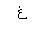
Letter: _gayn